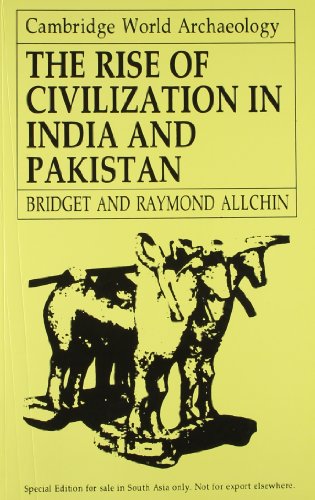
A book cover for Ancient History: The Rise in Civilization in India and Pakistan; Bridget Allchin; History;